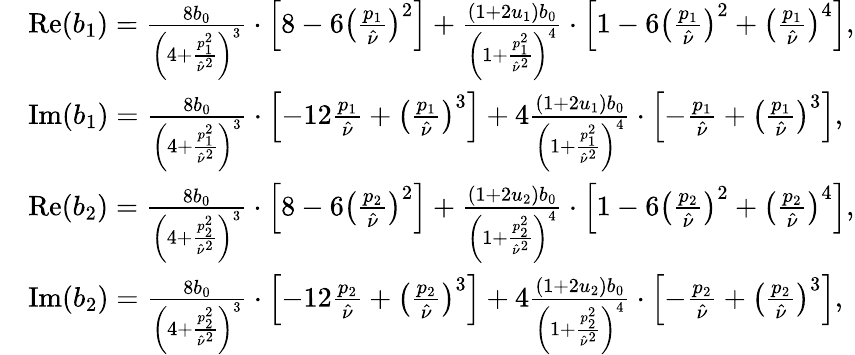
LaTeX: \begin{array}{rl}&{\mathrm{Re}(b_{1})=\frac{8b_{0}}{\left(4+\frac{p_{1}^{2}}{\hat{\nu}^{2}}\right)^{3}}\cdot\left[8-6\left(\frac{p_{1}}{\hat{\nu}}\right)^{2}\right]+\frac{\left(1+2u_{1}\right)b_{0}}{\left(1+\frac{p_{1}^{2}}{\hat{\nu}^{2}}\right)^{4}}\cdot\left[1-6\left(\frac{p_{1}}{\hat{\nu}}\right)^{2}+\left(\frac{p_{1}}{\hat{\nu}}\right)^{4}\right],}\\ &{\mathrm{Im}(b_{1})=\frac{8b_{0}}{\left(4+\frac{p_{1}^{2}}{\hat{\nu}^{2}}\right)^{3}}\cdot\left[-12\frac{p_{1}}{\hat{\nu}}+\left(\frac{p_{1}}{\hat{\nu}}\right)^{3}\right]+4\frac{\left(1+2u_{1}\right)b_{0}}{\left(1+\frac{p_{1}^{2}}{\hat{\nu}^{2}}\right)^{4}}\cdot\left[-\frac{p_{1}}{\hat{\nu}}+\left(\frac{p_{1}}{\hat{\nu}}\right)^{3}\right],}\\ &{\mathrm{Re}(b_{2})=\frac{8b_{0}}{\left(4+\frac{p_{2}^{2}}{\hat{\nu}^{2}}\right)^{3}}\cdot\left[8-6\left(\frac{p_{2}}{\hat{\nu}}\right)^{2}\right]+\frac{\left(1+2u_{2}\right)b_{0}}{\left(1+\frac{p_{2}^{2}}{\hat{\nu}^{2}}\right)^{4}}\cdot\left[1-6\left(\frac{p_{2}}{\hat{\nu}}\right)^{2}+\left(\frac{p_{2}}{\hat{\nu}}\right)^{4}\right],}\\ &{\mathrm{Im}(b_{2})=\frac{8b_{0}}{\left(4+\frac{p_{2}^{2}}{\hat{\nu}^{2}}\right)^{3}}\cdot\left[-12\frac{p_{2}}{\hat{\nu}}+\left(\frac{p_{2}}{\hat{\nu}}\right)^{3}\right]+4\frac{\left(1+2u_{2}\right)b_{0}}{\left(1+\frac{p_{2}^{2}}{\hat{\nu}^{2}}\right)^{4}}\cdot\left[-\frac{p_{2}}{\hat{\nu}}+\left(\frac{p_{2}}{\hat{\nu}}\right)^{3}\right],}\end{array}